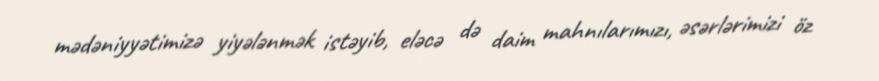
mədəniyyətimizə yiyələnmək istəyib, eləcə də daim mahnılarımızı, əsərlərimizi öz